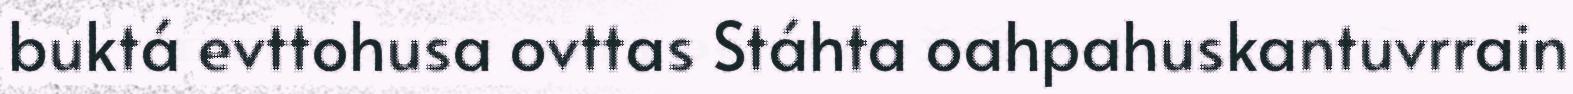
buktá evttohusa ovttas Stáhta oahpahuskantuvrrain